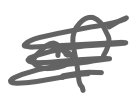
Text: of
Cross-out: scratch
Writing tool: digital_gray